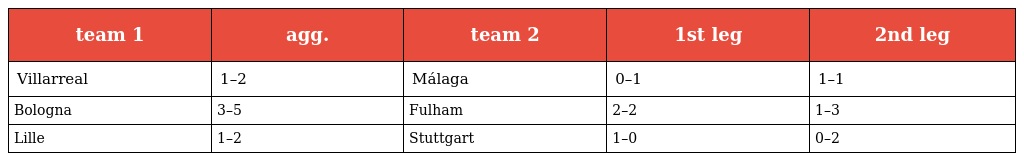
| team 1 | agg. | team 2 | 1st leg | 2nd leg |
 | --- | --- | --- | --- | --- |
 | Villarreal | 1–2 | Málaga | 0–1 | 1–1 |
 | Bologna | 3–5 | Fulham | 2–2 | 1–3 |
 | Lille | 1–2 | Stuttgart | 1–0 | 0–2 |